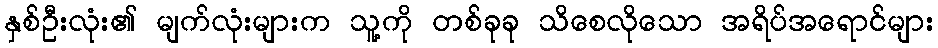
နှစ်ဦးလုံး၏ မျက်လုံးများက သူ့ကို တစ်ခုခု သိစေလိုသော အရိပ်အရောင်များ